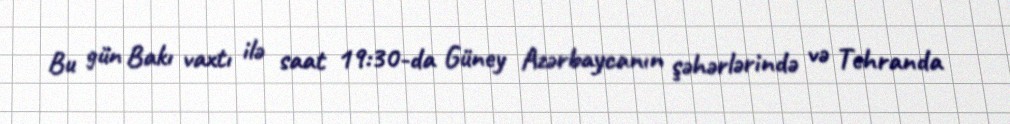
Bu gün Bakı vaxtı ilə saat 19:30-da Güney Azərbaycanın şəhərlərində və Tehranda